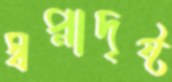
স্বপ্নাদৃষ্ট